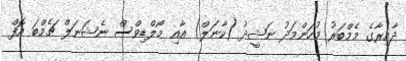
ދާއިރާގެ މެމްބަރު މުހަންމަދު ނަޝީދު (ކާނަލް) އާއި މޯލްޑިވްސް ނެޝަނަލް ޗެމްބަ އޮފް